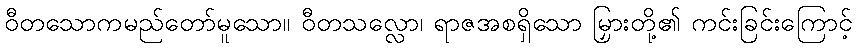
ဝီတသောကမည်တော်မူသော။ ဝီတသလ္လော၊ ရာဇအစရှိသော မြှားတို့၏ ကင်းခြင်းကြောင့်